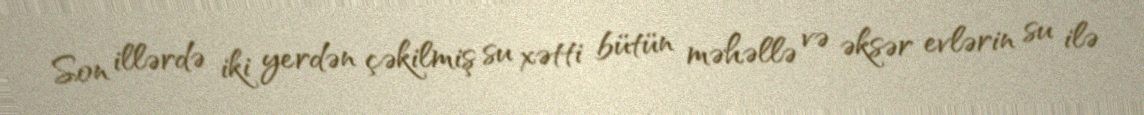
Son illərdə iki yerdən çəkilmiş su xətti bütün məhəllə və əksər evlərin su ilə